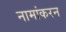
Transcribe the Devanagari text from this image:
नामांकरन